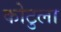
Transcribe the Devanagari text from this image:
कोटुला